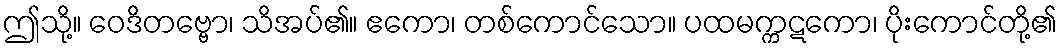
ဤသို့။ ဝေဒိတဗ္ဗော၊ သိအပ်၏။ ဧကော၊ တစ်ကောင်သော။ ပထမက္ကဋကော၊ ပိုးကောင်တို့၏